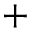
+